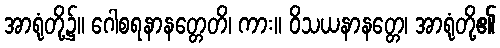
အာရုံတို့၌။ ဂေါစရနာနတ္တေတိ၊ ကား။ ဝိသယနာနတ္တေ၊ အာရုံတို့၏